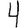
Digit: 4